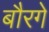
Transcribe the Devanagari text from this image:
बौरगे